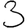
Digit: 3